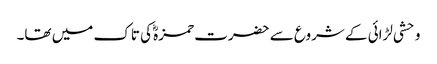
وحشی لڑائی کے شروع سے حضرت حمزہؓ کی تاک میں تھا۔